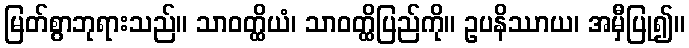
မြတ်စွာဘုရားသည်။ သာဝတ္ထိယံ၊ သာဝတ္ထိပြည်ကို။ ဥပနိဿာယ၊ အမှီပြု၍။